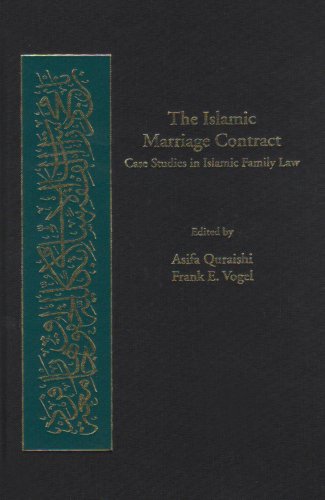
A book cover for The Islamic Marriage Contract: Case Studies in Islamic Family Law (Harvard Series in Islamic Law); Religion & Spirituality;